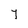
Character: Y